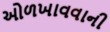
ઓળખાવવાની